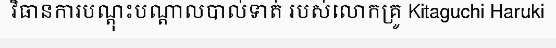
វិធានការបណ្តុះបណ្តាលបាល់ទាត់ របស់លោកគ្រូ Kitaguchi Haruki